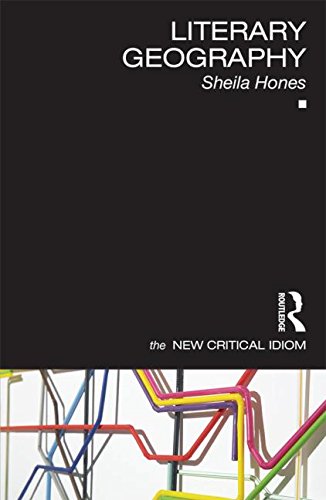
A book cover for Literary Geography (The New Critical Idiom); Sheila Hones; Literature & Fiction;